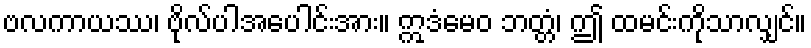
ဗလကာယဿ၊ ဗိုလ်ပါအပေါင်းအား။ ဣဒံမေဝ ဘတ္တံ၊ ဤ ထမင်းကိုသာလျှင်။